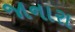
જાનારા